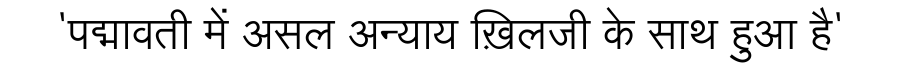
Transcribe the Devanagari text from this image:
'पद्मावती में असल अन्याय ख़िलजी के साथ हुआ है'